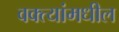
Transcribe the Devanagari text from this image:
वक्त्यांमधील